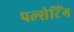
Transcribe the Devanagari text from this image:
पल्सेटिंग